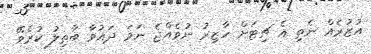
އުޒުރެއް ނެތި އެ ޗިޓަށް ހާޒިރު ނުވެއްޖެ ނަމަ ދައުވާ ބާތިލު ކުރެވޭ